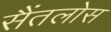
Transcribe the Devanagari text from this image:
सैंतलोस